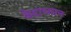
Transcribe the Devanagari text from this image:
वेदाध्यान